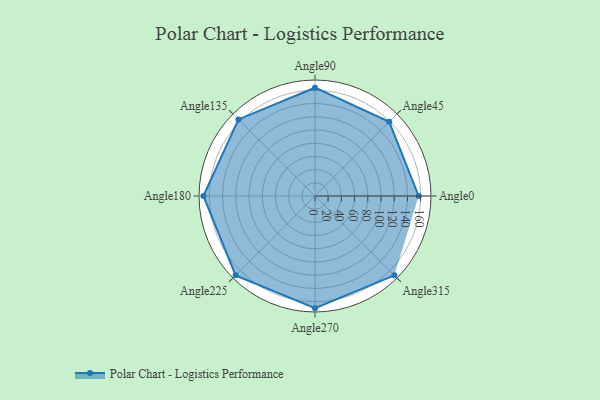
{"axis": {"x": "Angle", "y": "Radius"}, "legend": [""], "data": [{"x": "Angle0", "y": 157.0, "type": ""}, {"x": "Angle45", "y": 159.0, "type": ""}, {"x": "Angle90", "y": 164.0, "type": ""}, {"x": "Angle135", "y": 164.0, "type": ""}, {"x": "Angle180", "y": 169.0, "type": ""}, {"x": "Angle225", "y": 170, "type": ""}, {"x": "Angle270", "y": 170, "type": ""}, {"x": "Angle315", "y": 170, "type": ""}]}